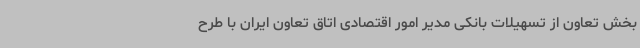
بخش تعاون از تسهیلات بانکی مدیر امور اقتصادی اتاق تعاون ایران با طرح